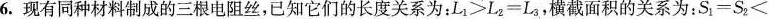
6.现有同种材料制成的三根电阻丝，已知它们的长度关系为：$$L _ { 1 } ≥ L _ { 2 } = L _ { 3 }$$，横截面积的关系为：$$S _ { 1 } = S _ { 2 }$$＜